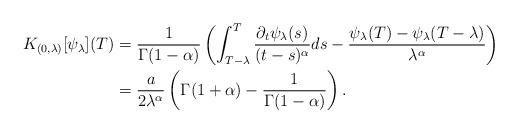
LaTeX: \begin{align*}K_{(0,\lambda)}[\psi_\lambda](T)&=\frac{1}{\Gamma(1-\alpha)}\left(\int_{T-\lambda}^T\frac{\partial_t\psi_\lambda(s)}{(t-s)^\alpha}ds-\frac{\psi_\lambda(T)-\psi_\lambda(T-\lambda)}{\lambda^\alpha}\right)\\&=\frac{a}{2\lambda^\alpha}\left(\Gamma(1+\alpha)-\frac{1}{\Gamma(1-\alpha)}\right).\end{align*}